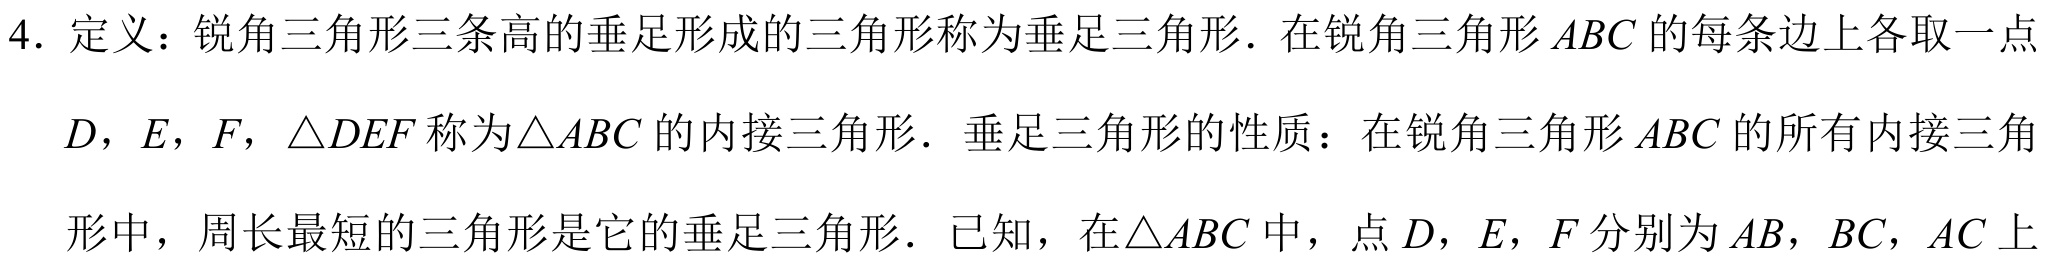
4. 定义：锐角三角形三条高的垂足形成的三角形称为垂足三角形. 在锐角三角形 \(ABC\) 的每条边上各取一点
\(D\)，\(E\)，\(F\)，\(\triangle DEF\) 称为\(\triangle ABC\) 的内接三角形. 垂足三角形的性质：在锐角三角形 \(ABC\) 的所有内接三角
形中，周长最短的三角形是它的垂足三角形. 已知，在\(\triangle ABC\) 中，点 \(D\)，\(E\)，\(F\) 分别为 \(AB\)，\(BC\)，\(AC\) 上